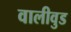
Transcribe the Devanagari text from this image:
वालीवुड